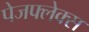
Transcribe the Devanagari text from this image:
पेजफ्लेक्स